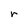
Character: r